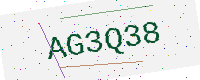
Text: AG3Q38